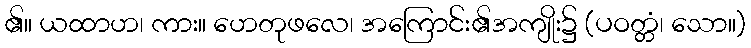
၏။ ယထာဟ၊ ကား။ ဟေတုဖလေ၊ အကြောင်း၏အကျိုး၌ (ပဝတ္တံ၊ သော။)